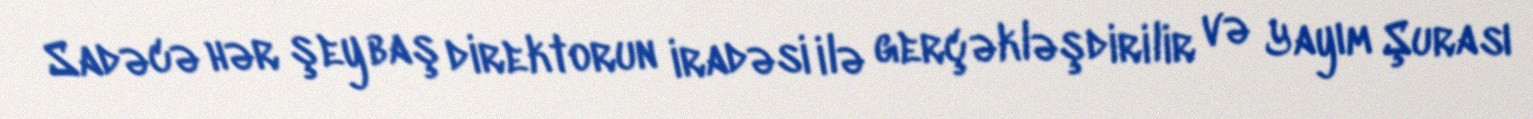
Sadəcə hər şey baş direktorun iradəsi ilə gerçəkləşdirilir və Yayım Şurası